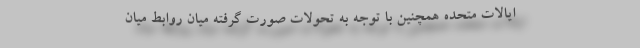
ایالات متحده همچنین با توجه به تحولات صورت گرفته میان روابط میان